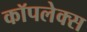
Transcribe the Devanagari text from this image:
कॉपलेक्स